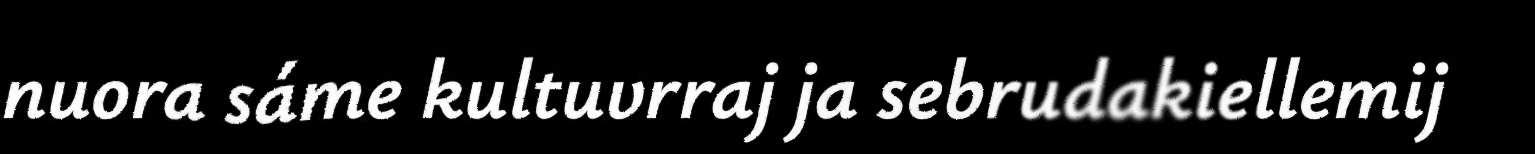
nuora sáme kultuvrraj ja sebrudakiellemij